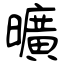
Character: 曠